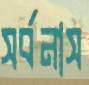
সর্বনাস